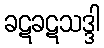
ခဋခဋသဒ္ဒါ